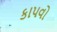
કાપવો